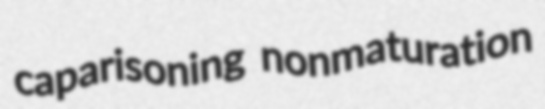
caparisoning nonmaturation